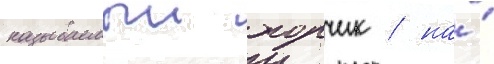
называемыи хорчик / на́